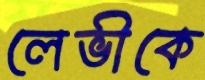
লেভীকে